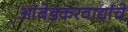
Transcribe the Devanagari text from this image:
आंबेडकरवाद्यांचे